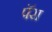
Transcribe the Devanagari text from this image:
पॅरा